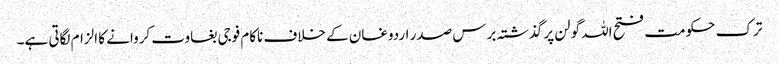
ترک حکومت فتح اللہ گولن پر گذشتہ برس صدر اردوغان کے خلاف ناکام فوجی بغاوت کروانے کا الزام لگاتی ہے۔